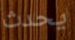
يحدث